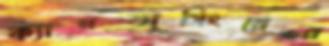
ক্যানভাসিংয়ের